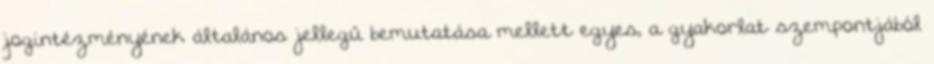
jogintézményének általános jellegű bemutatása mellett egyes, a gyakorlat szempontjából